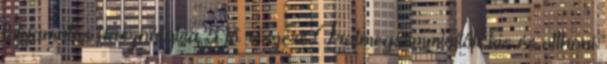
folyamatos használatra 5 fő részére Iratmegsemmisítők kis és otthoni